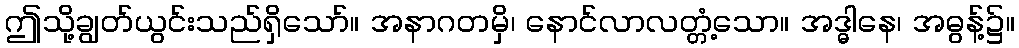
ဤသို့ချွတ်ယွင်းသည်ရှိသော်။ အနာဂတမှိ၊ နောင်လာလတ္တံ့သော။ အဒ္ဓါနေ၊ အဓွန့်၌။